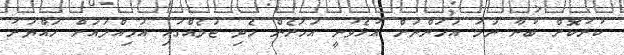
ކުރުކޮށް ބުނާ ނަމަ އަހަންނަށް އުޅެވުނީ އަހަރެން ހެދި ޖަލެއްގައި އަމިއްލައަށް ހައްޔަރު